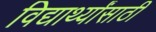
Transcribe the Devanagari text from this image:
विद्यार्थ्‍यांसाठी